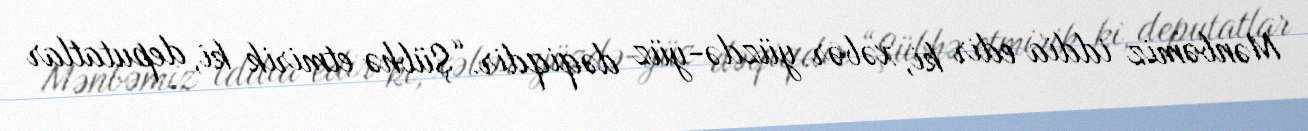
Mənbəmiz iddia edir ki, xəbər yüzdə-yüz dəqiqdir.“Şübhə etmirik ki, deputatlar